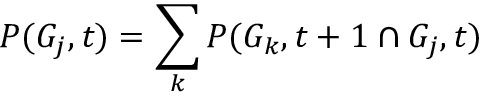
P ( G _ { j } , t ) = \sum _ { k } P ( G _ { k } , t + 1 \cap G _ { j } , t )